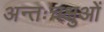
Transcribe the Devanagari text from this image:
अन्तःचक्षुओं